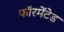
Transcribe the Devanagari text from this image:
फॉरमेंटेड